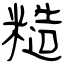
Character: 糙